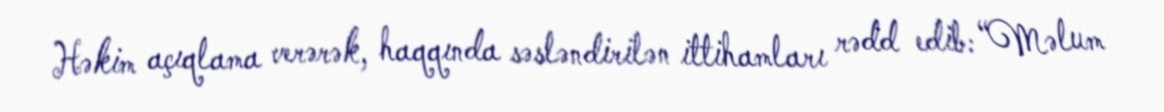
Həkim açıqlama verərək, haqqında səsləndirilən ittihamları rədd edib: “Məlum